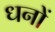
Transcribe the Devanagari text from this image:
धनों